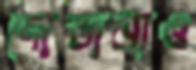
দোস্তানাও